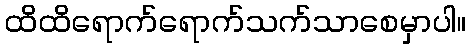
ထိထိရောက်ရောက်သက်သာစေမှာပါ။